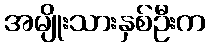
အမျိုးသားနှစ်ဦးက